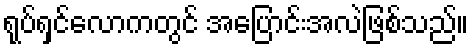
ရုပ်ရှင်လောကတွင် အပြောင်းအလဲဖြစ်သည်။